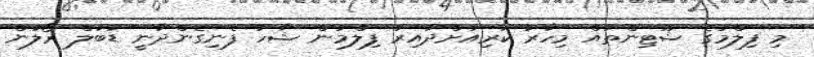
މި ފިލްމުގެ ޝޫޓިންތައް މިހާރު ކުރިއަށްދާއިރު ފިލްމުން ޝާހު ފެނިގެންދާނީ ޑަބަލް ރޯލުން